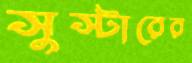
সুস্টারের